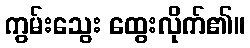
ကွမ်းသွေး ထွေးလိုက်၏။